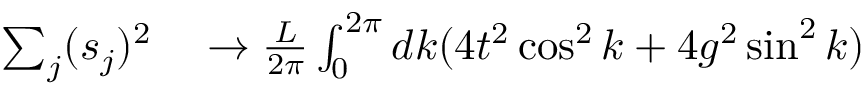
\begin{array} { r l } { \sum _ { j } ( s _ { j } ) ^ { 2 } } & { { } \to \frac { L } { 2 \pi } \int _ { 0 } ^ { 2 \pi } d k ( 4 t ^ { 2 } \cos ^ { 2 } k + 4 g ^ { 2 } \sin ^ { 2 } k ) } \end{array}